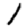
Digit: 1